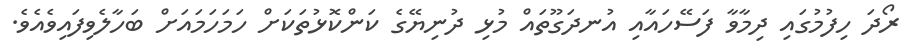
ރޯދަ ހިފުމުގައި ދިމާވާ ފަސޭހައާއި އުނދަގޫތައް މުޅި ދުނިޔޭގެ ކަންކޮޅުތަކަށް ހަމަހަމައަށް ބަހާލެވިފައިވެއެވެ.